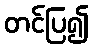
တင်ပြ၍